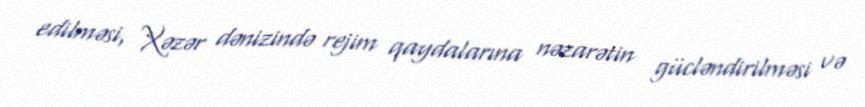
edilməsi, Xəzər dənizində rejim qaydalarına nəzarətin gücləndirilməsi və